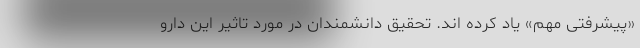
«پیشرفتی مهم» یاد کرده اند. تحقیق دانشمندان در مورد تاثیر این دارو